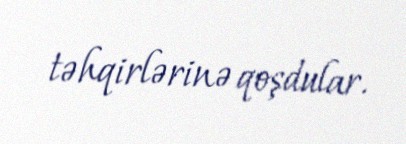
təhqirlərinə qoşdular.